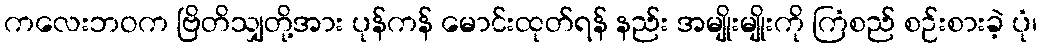
ကလေးဘဝက ဗြိတိသျှတို့အား ပုန်ကန် မောင်းထုတ်ရန် နည်း အမျိုးမျိုးကို ကြံစည် စဉ်းစားခဲ့ ပုံ၊